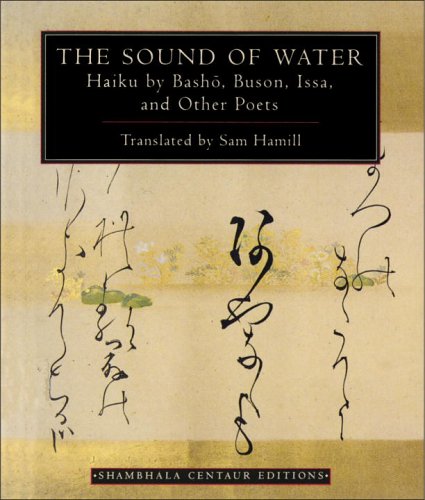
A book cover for The Sound of Water: Haiku by Basho, Buson, Issa, and Other Poets (Shambhala Centaur Editions); Literature & Fiction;